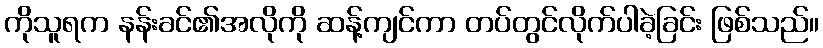
ကိုသူရက နန်းခင်၏အလိုကို ဆန့်ကျင်ကာ တပ်တွင်လိုက်ပါခဲ့ခြင်း ဖြစ်သည်။